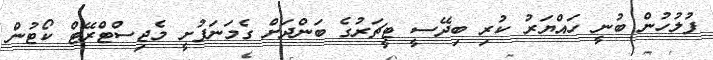
ފުލުހުން ބުނީ ހައްޔަރު ކުރި ބިދޭސީ ޓީޗަރުގެ ބަންދަށް ގެމަނަފުށީ މެޖިސްޓްރޭޓް ކޯޓުން